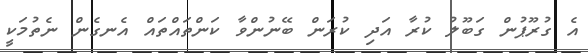
އެ ގުރޫޕުން ގަބޫލު ކުރާ އަދި ކުރަން ބޭނުންވާ ކަންތައްތައް އެނގެން ނެތުމަކީ